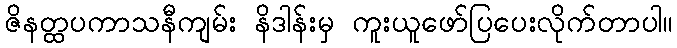
ဇိနတ္ထပကာသနီကျမ်း နိဒါန်းမှ ကူးယူဖော်ပြပေးလိုက်တာပါ။